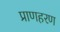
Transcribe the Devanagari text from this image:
प्राणहरण